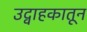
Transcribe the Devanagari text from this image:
उद्वाहकातून